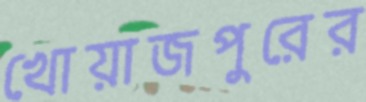
খোয়াজপুরের